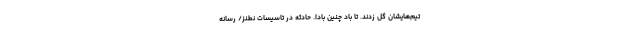
تیم‌هایشان گل زدند. تا باد چنین بادا. حادثه در تاسیسات نطنز/ رسانه